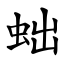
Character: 䖦